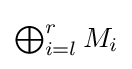
{\textstyle \bigoplus _{i=l}^{r}M_{i}}